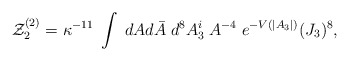
\begin{align*}{\cal Z}^{(2)}_2 = \kappa^{-11} \;\int \; dA d\bar A\; d^8 A_3^i\; A^{-4} \;e^{-V(|A_3|)} (J_3)^8,\end{align*}